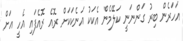
އަހަރެން ބިރު ގަންނަނީ ކަލޭމެން އެކަކު އަނެކަކަށް ރޮއެ ރޮއެފައި އެހީ އަށް